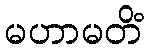
မဟာမတိံ